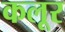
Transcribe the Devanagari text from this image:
कलूर